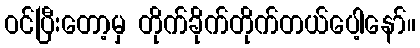
ဝင်ပြီးတော့မှ တိုက်ခိုက်တိုက်တယ်ပေါ့နော်။